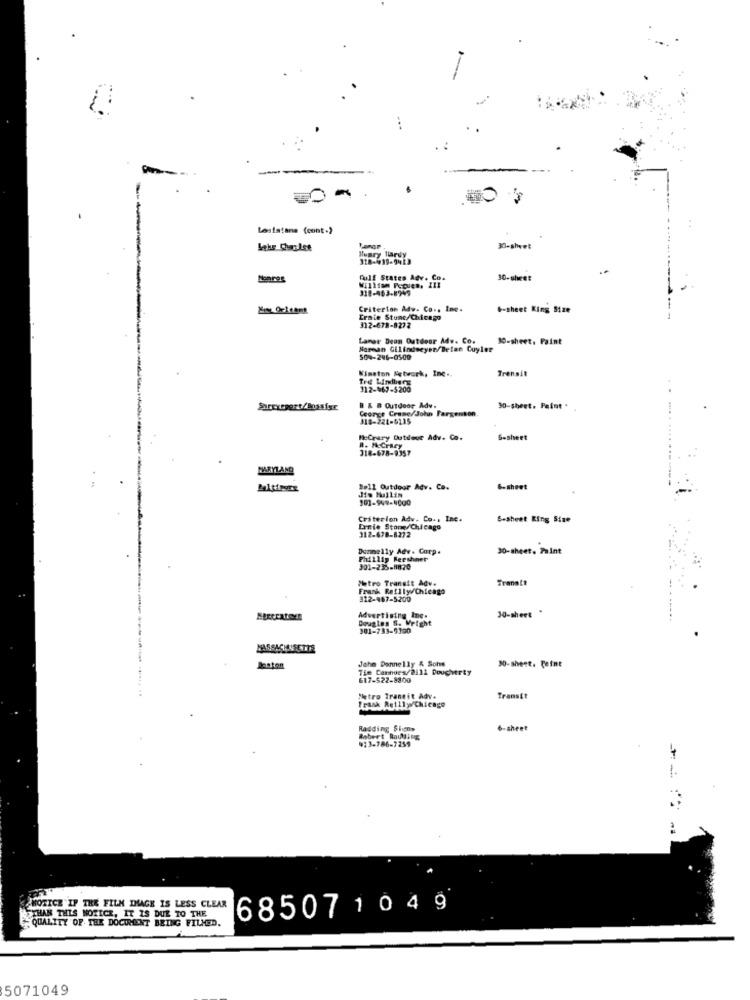
..
-
Leaistana (cont.)
lumry Hardy
30-sheet
Gulf States Adv. Co.
30-sheet
310-463-8949
William Proven, 111
Criterion Adw. Co ., Inc.
.- sheet King Size
Eraie Stunc/Chicago
312-678-8272
Lamar Deon Outdoor Adv. Co.
30-sheet. Paint
Norman Gilindseyen/Detan Cuyler
504-246-0500
Wimaton Network, Inc ..
Trensit
Tret Lindberg
312-467-5200
Surexepert/Bussisr
B & # Outdoor Adv.
George Crane/John Fargenton.
30-sheet. Paint .
318-221-6115
Mccrary Outdoor Adv. Co.
6-sheet
#. MECrazy
318-678-9357
MARYLAND
Bell Outdoor Adv. Co.
Jiw Muallin
6-sheet
Criterion Adv. Co ., Inc.
6-sheet King Size
Danie Stone/Chicago
312-678-8272
Donnelly Adv. Corp.
30-sheet. Paint
Phillip Fershner
301-235-1820
Metro Transit Adv.
Transit
Frank Reilly Chicago
312-487-5200
Douglas S. Wright
Advertising Inc.
30-sheet
301-733-5190
John Donnelly & Sons
30-sheet. Feine
Baston
Tie Cannors/2111 Dougherty
617-522-8800
Metro Transit Adv.
Transit
Frank ReillyChicago
Radding Signs
6-sheet
Robert Rowling
9:3-186-7259
NOTICE IF THE FILM IMAGE IS LESS CLEAR
68507 1049
ETHAN THIS NOTICE, IT IS DUE TO THE
QUALITY OF THE DOCUMENT BEING FILLED.
5071049